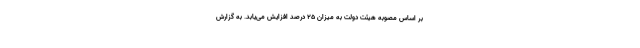
بر اساس مصوبه هیئت دولت به میزان ۲۵ درصد افزایش می‌یابد. به گزارش